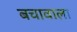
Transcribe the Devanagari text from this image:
बचावाला